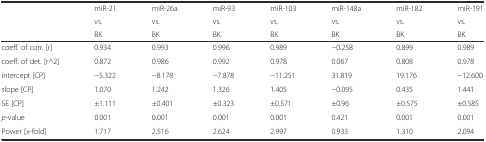
|  | miR-21 | miR-26a | miR-93 | miR-103 | miR-148a | miR-182 | miR-191 |
 |  | vs. | vs. | vs. | vs. | vs. | vs. | vs. |
 |  | BK | BK | BK | BK | BK | BK | BK |
 | --- | --- | --- | --- | --- | --- | --- | --- |
 | coeff. of corr. [r] | 0.934 | 0.993 | 0.996 | 0.989 | −0.258 | 0.899 | 0.989 |
 | coeff. of det. [r^2] | 0.872 | 0.986 | 0.992 | 0.978 | 0.067 | 0.808 | 0.978 |
 | intercept [CP] | −5.322 | −8.178 | −7.878 | −11.251 | 31.819 | 19.176 | −12.600 |
 | slope [CP] | 1.070 | 1.242 | 1.326 | 1.405 | −0.095 | 0.435 | 1.441 |
 | SE [CP] | ±1.111 | ±0.401 | ±0.323 | ±0.571 | ±0.96 | ±0.575 | ±0.585 |
 | p-value | 0.001 | 0.001 | 0.001 | 0.001 | 0.421 | 0.001 | 0.001 |
 | Power [x-fold] | 1.717 | 2.516 | 2.624 | 2.997 | 0.933 | 1.310 | 2.094 |